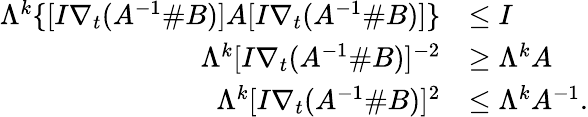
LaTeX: \begin{array}{rl}{\Lambda^{k}\{ [I\nabla_{t}(A^{-1}\# B)]A[I\nabla_{t}(A^{-1}\# B)]\} }&{\leq I}\\ {\Lambda^{k}[I\nabla_{t}(A^{-1}\# B)]^{-2}}&{\geq\Lambda^{k}A}\\ {\Lambda^{k}[I\nabla_{t}(A^{-1}\# B)]^{2}}&{\leq\Lambda^{k}A^{-1}.}\end{array}